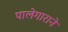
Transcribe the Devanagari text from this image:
पालेगाराने